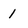
Character: 1